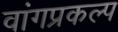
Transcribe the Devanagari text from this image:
वांगप्रकल्प